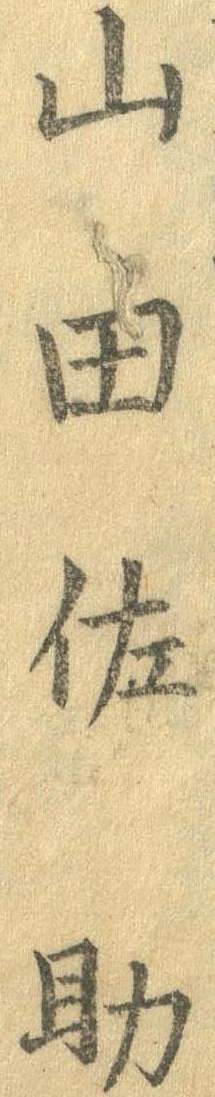
山田佐助